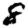
Digit: 8